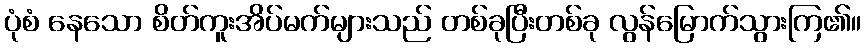
ပုံစံ နေသော စိတ်ကူးအိပ်မက်များသည် တစ်ခုပြီးတစ်ခု လွန်မြောက်သွားကြ၏။